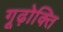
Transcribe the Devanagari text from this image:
गूढ़ोक्ति